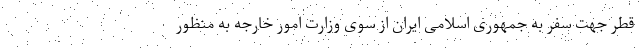
قطر جهت سفر به جمهوری اسلامی ایران از سوی وزارت امور خارجه به منظور